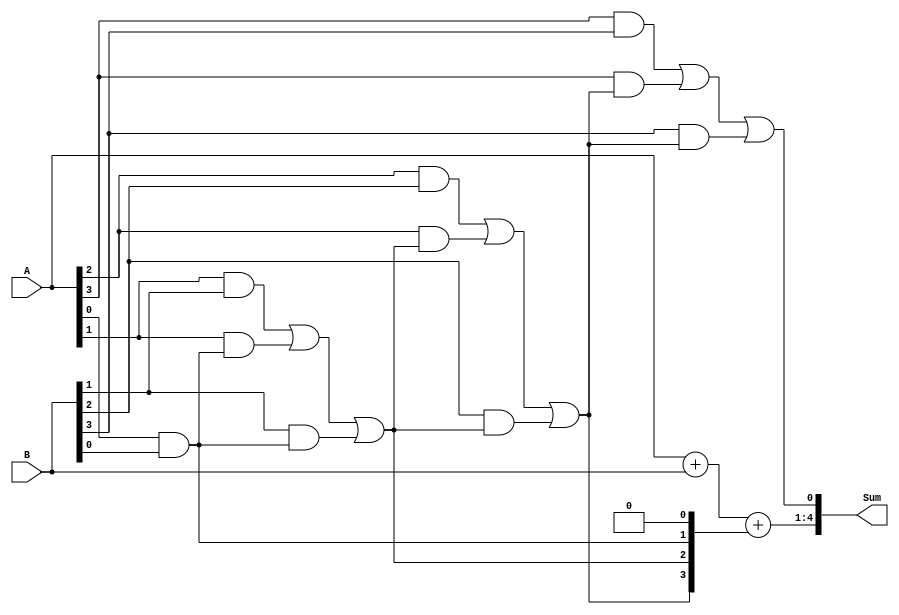
module manchester_carry_chain_adder #(parameter N=4)(
    input [N-1:0] A, B,
    output [N:0] Sum
);

wire [N:0] Carry;
wire [N-1:0] Carry_out;

assign Carry[0] = 1'b0;
assign Carry_out[0] = Carry[0];

genvar i;
generate
    for (i = 0; i < N; i = i + 1) begin : CARRY_GEN
        assign Carry[i+1] = (A[i] & B[i]) | (A[i] & Carry[i]) | (B[i] & Carry[i]);
        assign Carry_out[i+1] = Carry[i+1];
    end
endgenerate

assign Sum[0] = Carry[N];
assign Sum[1:N] = A + B + Carry_out;

endmodule